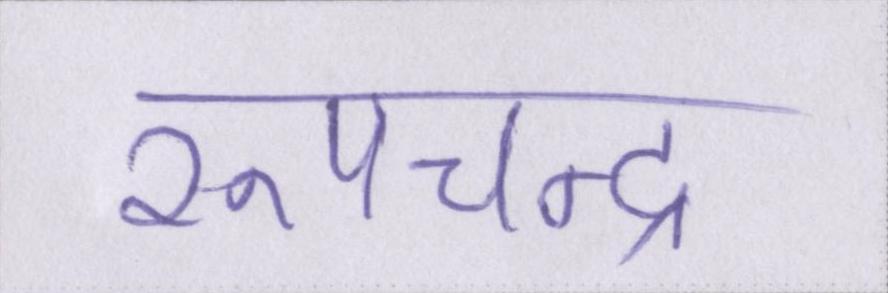
रूपचन्द्र